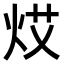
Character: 𤈝